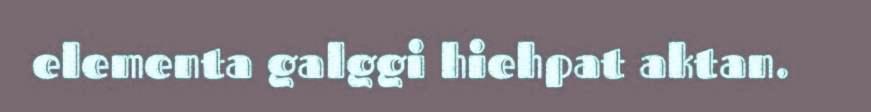
elementa galggi hiehpat aktan.